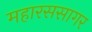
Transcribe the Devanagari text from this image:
महारससागर